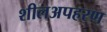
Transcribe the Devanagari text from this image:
शीलअपहरण